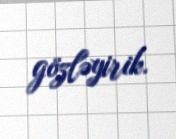
gözləyirik.